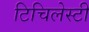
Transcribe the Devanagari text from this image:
टिचिलेस्टी